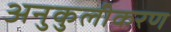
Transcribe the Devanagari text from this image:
अनुकुलीकरण